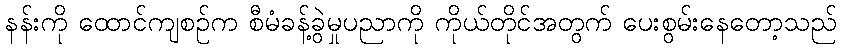
နန်းကို ထောင်ကျစဉ်က စီမံခန့်ခွဲမှုပညာကို ကိုယ်တိုင်အတွက် ပေးစွမ်းနေတော့သည်